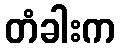
တံခါးက